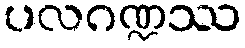
ပလဂဏ္ဍဿ